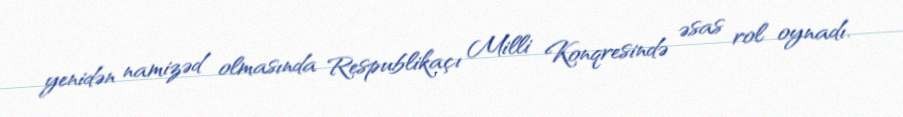
yenidən namizəd olmasında Respublikaçı Milli Konqresində əsas rol oynadı.